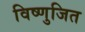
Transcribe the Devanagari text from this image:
विष्णुजित